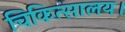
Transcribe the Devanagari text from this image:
चिकित्सालय।